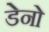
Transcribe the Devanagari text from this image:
डेनो